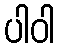
ပါဝါ